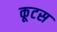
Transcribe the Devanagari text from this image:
कूटस